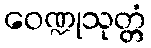
ဝေဏ္ဍုသုတ္တံ